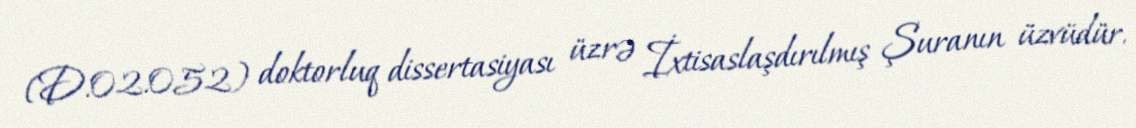
(D.02.052) doktorluq dissertasiyası üzrə İxtisaslaşdırılmış Şuranın üzvüdür.